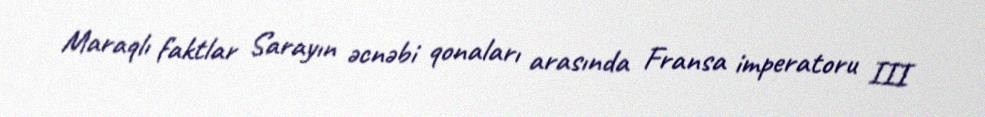
Maraqlı faktlar Sarayın əcnəbi qonaları arasında Fransa imperatoru III